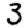
Digit: 3